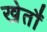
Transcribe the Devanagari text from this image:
खेतौं